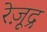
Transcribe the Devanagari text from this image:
रेज़ूद्र